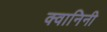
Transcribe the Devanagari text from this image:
क्वानिनी